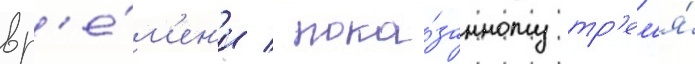
вр'е́м'ен'и / пока́занному тр'ем'я́